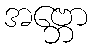
အဗ္ဘော